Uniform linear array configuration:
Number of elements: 32
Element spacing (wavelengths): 0.5
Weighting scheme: exponential
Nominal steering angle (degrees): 45
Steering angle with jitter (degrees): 43.253
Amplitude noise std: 0.05
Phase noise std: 0.05

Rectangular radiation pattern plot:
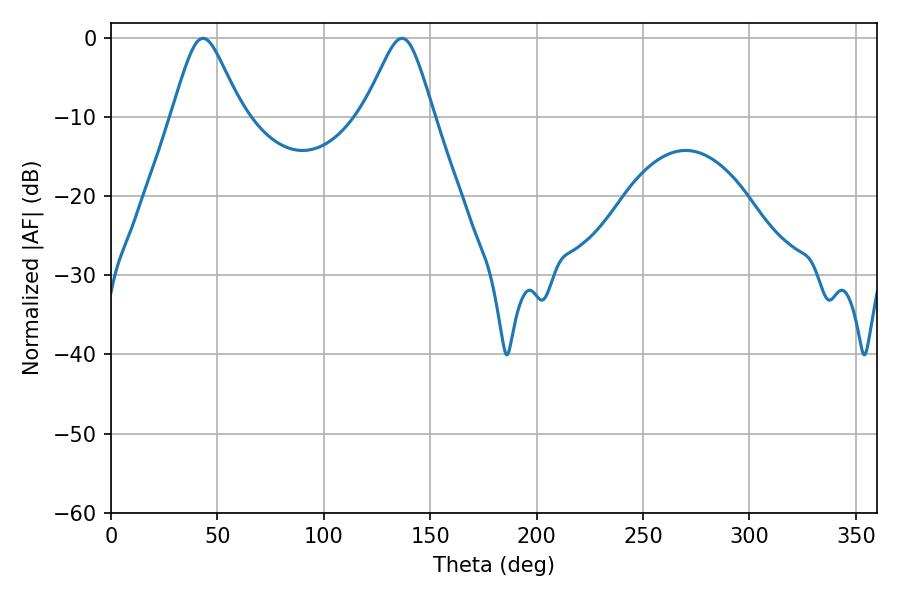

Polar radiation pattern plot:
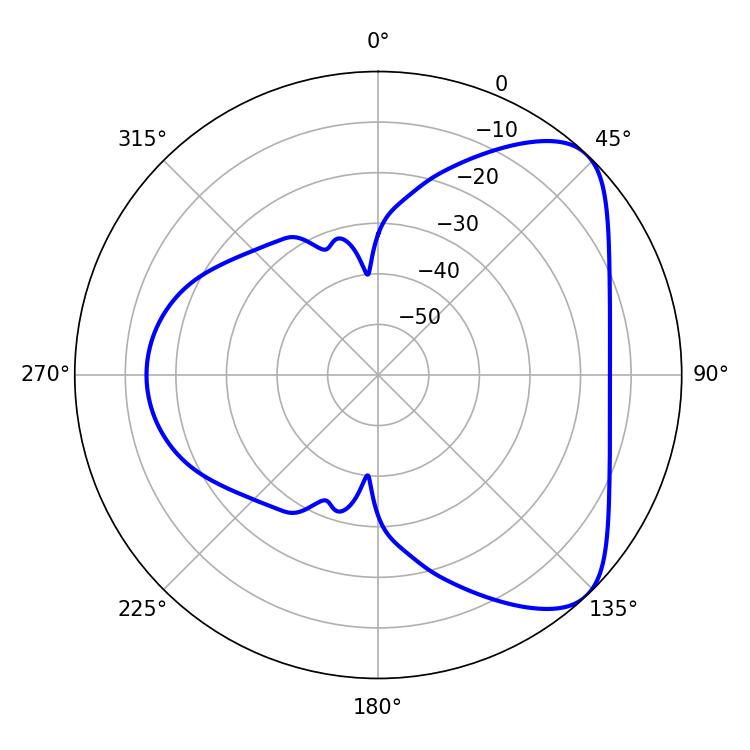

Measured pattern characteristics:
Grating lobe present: FALSE
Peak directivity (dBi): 6.302
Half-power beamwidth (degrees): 15.84
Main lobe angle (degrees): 43.2